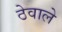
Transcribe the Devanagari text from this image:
ठेवाले